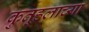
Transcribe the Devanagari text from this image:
कुतूहलाच्या